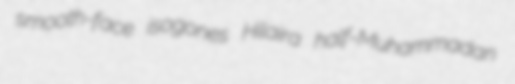
smooth-face isogones Hilaira half-Muhammadan